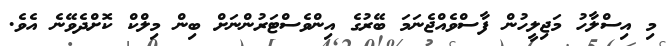
މި އިސްލާހު މަޖިލީހުން ފާސްވެއްޖެނަމަ ބޭރުގެ އިންވެސްޓަރުންނަށް ބިން މިލްކް ކޮށްދެވޭނެ އެވެ.